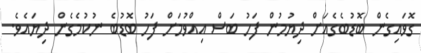
ގޮވައިގެން ބޮޑުބެގެއަށް ދިޔުމުން ފަހު ބަސް އިއްވުމަށް ފަހު ބޮޑުބެ ނުކުމެގެން ދިޔައެވެ.